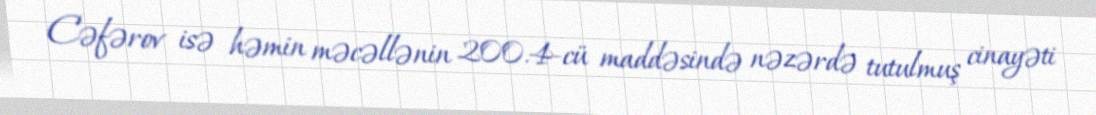
Cəfərov isə həmin məcəllənin 200.4-cü maddəsində nəzərdə tutulmuş cinayəti